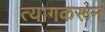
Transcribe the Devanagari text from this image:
त्यागकरून